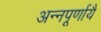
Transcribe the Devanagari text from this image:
अन्नपूर्णायै